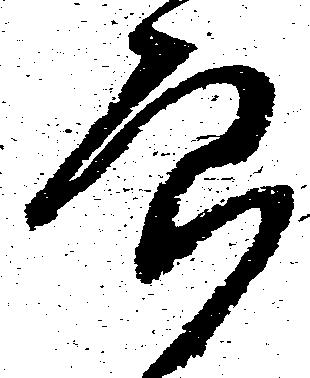
郎